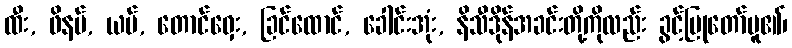
ထီး, ဖိနပ်, ယပ်, တောင်ဝှေး, ခြင်ထောင်, ခေါင်းအုံး, နိသီဒိုန်အခင်းတို့ကိုလည်း ခွင့်ပြုတော်မူ၏၊